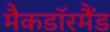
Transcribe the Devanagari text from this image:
मैकडाॅरमैंड